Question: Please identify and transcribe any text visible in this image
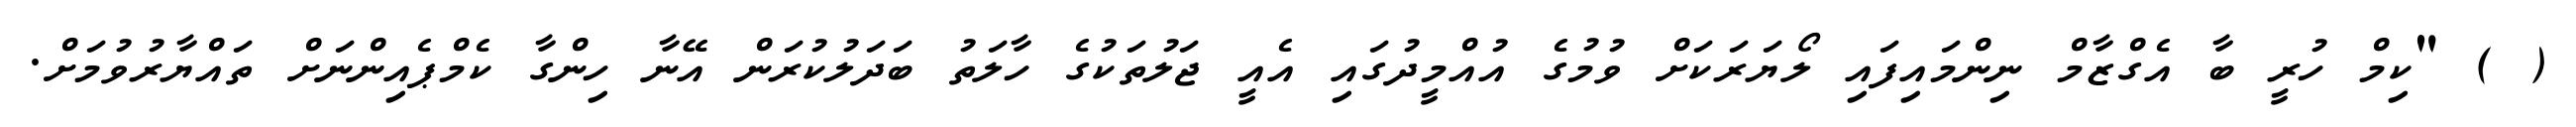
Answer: ( ) "ކިމް ހުރީ ބާ އެގްޒާމް ނިންމައިފައި ލޯޔަރަކަށް ވުމުގެ އުއްމީދުގައި އެއީ ޖަލުތަކުގެ ހާލަތު ބަދަލުކުރަން އޭނާ ހިންގާ ކެމްޕެއިންނަށް ތައްޔާރުވުމަށް.